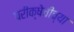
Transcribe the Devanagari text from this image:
परीक्षेचीच्या